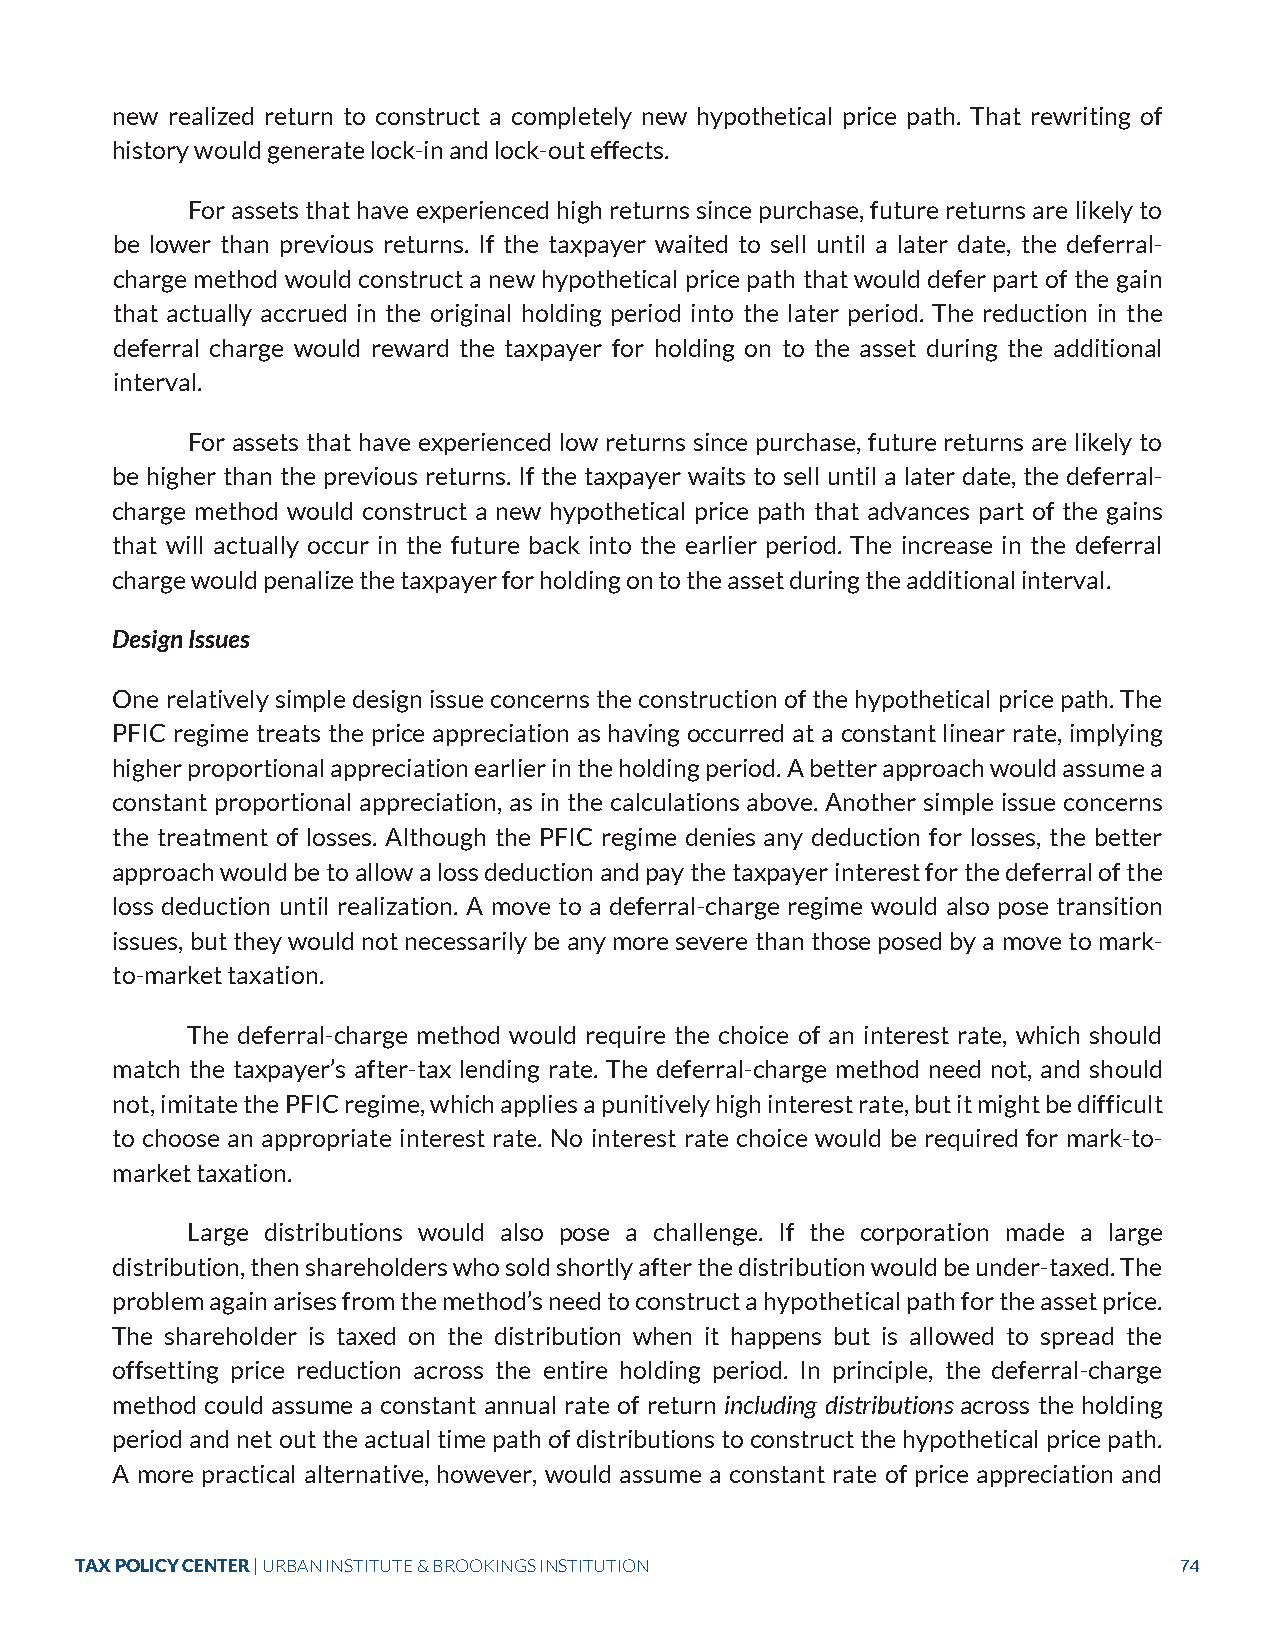
new realized return to construct a completely new hypothetical price path. That rewriting of
 history would generate lock-in and lock-out effects.
 For assets that have experienced high returns since purchase, future returns are likely to
 be lower than previous returns. If the taxpayer waited to sell until a later date, the deferral-
 charge method would construct a new hypothetical price path that would defer part of the gain
 that actually accrued in the original holding period into the later period. The reduction in the
 deferral charge would reward the taxpayer for holding on to the asset during the additional
 interval.
 For assets that have experienced low returns since purchase, future returns are likely to
 be higher than the previous returns. If the taxpayer waits to sell until a later date, the deferral-
 charge method would construct a new hypothetical price path that advances part of the gains
 that will actually occur in the future back into the earlier period. The increase in the deferral
 charge would penalize the taxpayer for holding on to the asset during the additional interval.
 Design Issues
 One relatively simple design issue concerns the construction of the hypothetical price path. The
 PFIC regime treats the price appreciation as having occurred at a constant linear rate, implying
 higher proportional appreciation earlier in the holding period. A better approach would assume a
 constant proportional appreciation, as in the calculations above. Another simple issue concerns
 the treatment of losses. Although the PFIC regime denies any deduction for losses, the better
 approach would be to allow a loss deduction and pay the taxpayer interest for the deferral of the
 loss deduction until realization. A move to a deferral-charge regime would also pose transition
 issues, but they would not necessarily be any more severe than those posed by a move to mark-
 to-market taxation.
 The deferral-charge method would require the choice of an interest rate, which should
 match the taxpayer’s after-tax lending rate. The deferral-charge method need not, and should
 not, imitate the PFIC regime, which applies a punitively high interest rate, but it might be difficult
 to choose an appropriate interest rate. No interest rate choice would be required for mark-to-
 market taxation.
 Large distributions would also pose a challenge. If the corporation made a large
 distribution, then shareholders who sold shortly after the distribution would be under-taxed. The
 problem again arises from the method’s need to construct a hypothetical path for the asset price.
 The shareholder is taxed on the distribution when it happens but is allowed to spread the
 offsetting price reduction across the entire holding period. In principle, the deferral-charge
 method could assume a constant annual rate of return including distributions across the holding
 period and net out the actual time path of distributions to construct the hypothetical price path.
 A more practical alternative, however, would assume a constant rate of price appreciation and
 TAX POLICY CENTER | URBAN INSTITUTE & BROOKINGS INSTITUTION              74